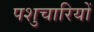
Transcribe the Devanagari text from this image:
पशुचारियों